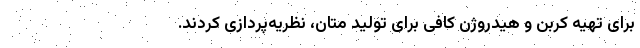
برای تهیه کربن و هیدروژن کافی برای تولید متان، نظریه‌پردازی کردند.